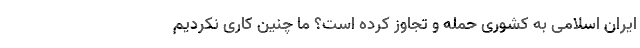
ایران اسلامی به کشوری حمله و تجاوز کرده است؟ ما چنین کاری نکردیم